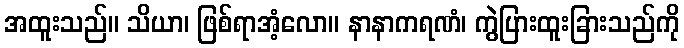
အထူးသည်။ သိယာ၊ ဖြစ်ရာအံ့လော။ နာနာကရဏံ၊ ကွဲပြားထူးခြားသည်ကို